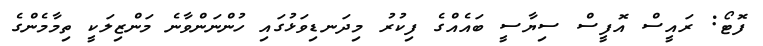
ފޮޓޯ: ރައީސް އޮފީސް ސިޔާސީ ބައެއްގެ ފިކުރު މިދަނޑިވަޅުގައި ހުންނަންވާނެ މަންޒިލަކީ ތިމާމެންގެ